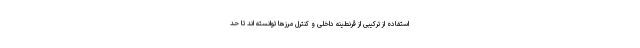
استفاده از ترکیبی از قرنطینه داخلی و کنترل مرزها توانسته اند تا حد